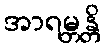
အာရမ္ဘန္တိ